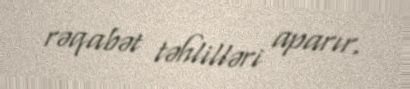
rəqabət təhlilləri aparır.